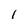
Character: 1